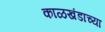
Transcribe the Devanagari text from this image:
काळखंडाच्या